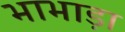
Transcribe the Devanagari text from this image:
भाभाड़ा